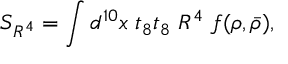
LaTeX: S _ { R ^ { 4 } } = \int d ^ { 1 0 } x \; t _ { 8 } t _ { 8 } \ R ^ { 4 } \; f ( \rho , \bar { \rho } ) ,